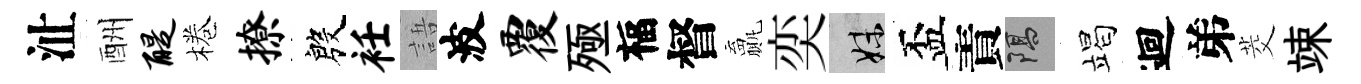
沚酬醍棬撩殷衽語波覆殛福督贏奕妹盃責隔竭迴弟茭竦